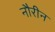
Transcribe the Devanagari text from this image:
नौरीन